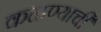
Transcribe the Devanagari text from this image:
कळण्याची